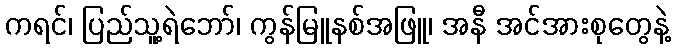
ကရင်၊ ပြည်သူ့ရဲဘော်၊ ကွန်မြူနစ်အဖြူ၊ အနီ အင်အားစုတွေနဲ့